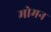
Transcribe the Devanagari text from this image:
मोमन